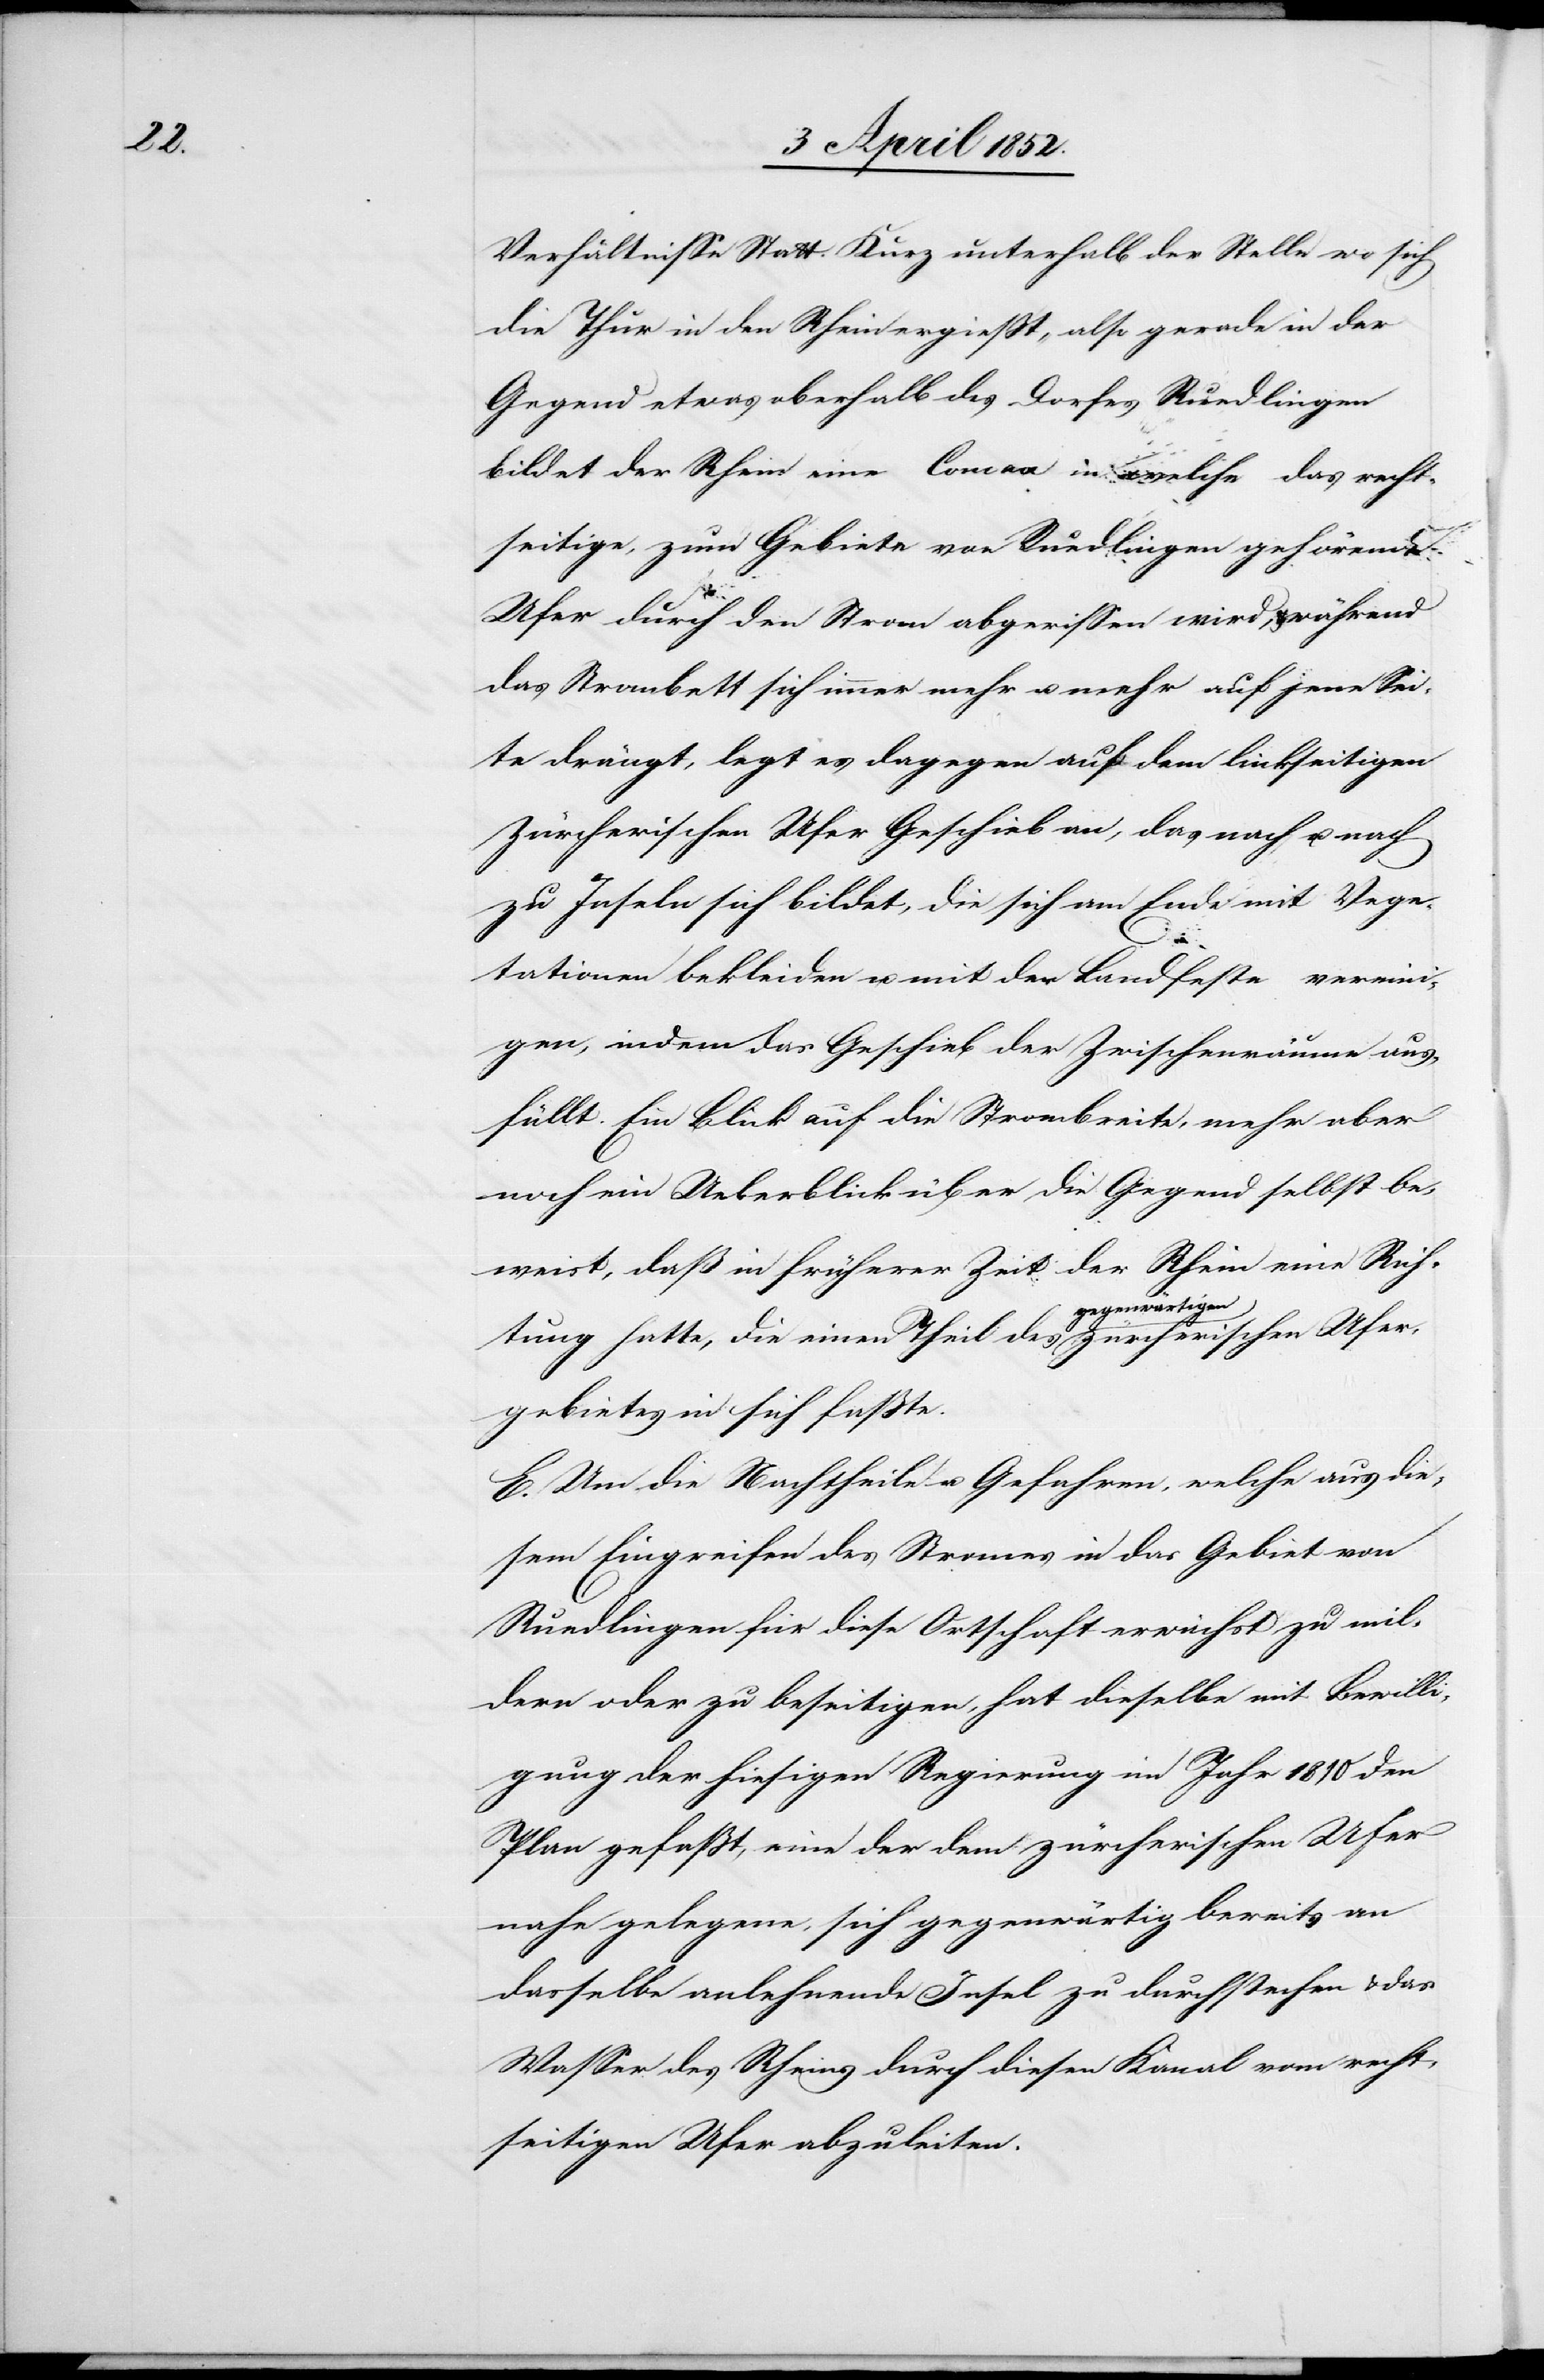
Verhältnisse Statt. Kurz unterhalb der Stelle wo sich
die Thur in den Rhein ergiesst, also gerade in der
Gegend etwas oberhalb des Dorfes Ruedlingen
bildet der Rhein eine Conc[?ave] in welche das recht¬
seitige, zum Gebiete von Ruedlingen gehörende
Ufer durch den Strom abgerissen wird, & während
das Strombett sich immer mehr u. mehr auf jene Sei¬
te drängt, legt es dagegen auf dem linkseitigen
Zürcherischen Ufer Geschieb an, das nach u. nach
zu Inseln sich bildet, die sich am Ende mit Vege¬
Ufer¬
tationen bekleiden u. mit der Landfeste vereini¬
gen, indem das Geschieb der [sic!] Zwischenräume aus¬
füllt. Ein Blick auf die Strombreite, mehr aber
noch ein Ueberblick über die Gegend selbst be¬
weist, daß in früherer Zeit der Rhein eine Rich¬
tung hatte, die einen Theil des gegenwärtigen zürcheris¬
gebietes in sich fasste.
E. Um die Nachtheile u. Gefahren, welche aus die¬
sem Eingreifen des Stromes in das Gebiet von
Ruedlingen für diese Ortschaft erwächst zu mil¬
dern oder zu beseitigen, hat dieselbe mit Bewilli¬
gung der hiesigen Regierung im Jahr 1810 den
Plan gefasst, eine der dem zürcherischen Ufer
nahe gelegene, sich gegenwärtig bereits an
dasselbe anlehnende Insel zu durchstechen & das
Wasser des Rheins durch diesen Kanal vom recht¬
seitigen Ufer abzuleiten.